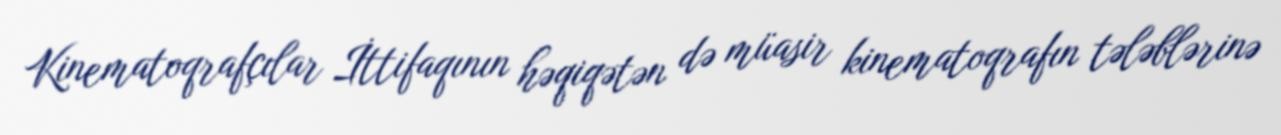
Kinematoqrafçılar İttifaqının həqiqətən də müasir kinematoqrafın tələblərinə